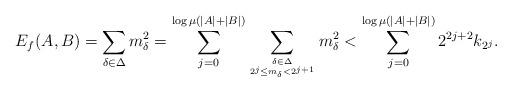
LaTeX: \begin{align*} E_{f}(A,B) = \sum_{\delta\in \Delta}m_{\delta}^2 = \sum_{j=0}^{\log \mu(|A|+|B|) } \sum_{\delta \in \Delta \atop 2^{j} \leq m_\delta < 2^{j+1}}{m_{\delta}^2} < \sum_{j=0}^{\log \mu(|A|+|B|)} 2^{2j+2} k_{2^j}.\end{align*}